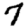
Digit: 7